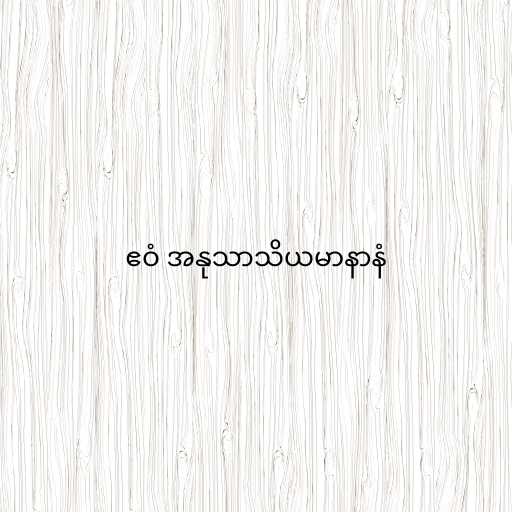
ဧဝံ အနုသာသိယမာနာနံ